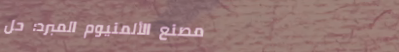
مصنع الألمنيوم المبرد: حل